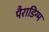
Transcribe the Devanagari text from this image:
पैराडिग्म